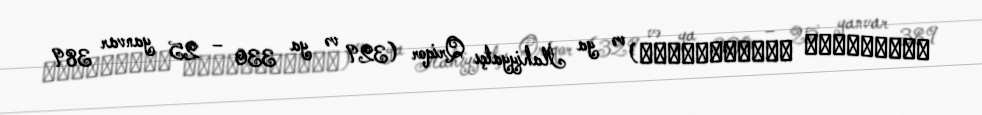
Γρηγόριος Ναζιανζηνός) və ya İlahiyyatçı Qriqor (329 və ya 330 – 25 yanvar 389